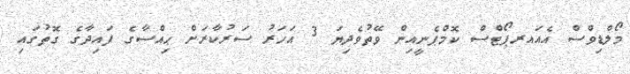
މޯލްޑިވްސް އެއައރޕޯޓްސް ކޮމްޕެނީއިން ވޭތުވެދިޔަ 3 އަހަރު ސަރުކާރަށް ޙިއްސާގެ ފައިދާގެ ގޮތުގައި